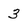
Character: 3